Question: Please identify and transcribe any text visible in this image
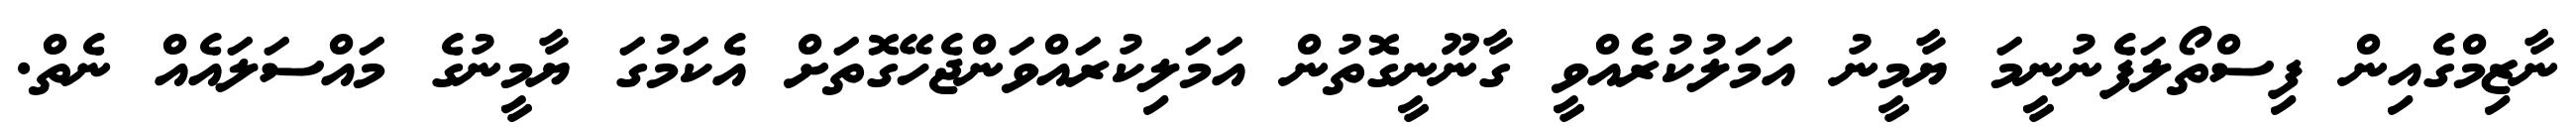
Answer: ނާޒިމްގެއިން ފިސްތޯލަފެނުނީމަ ޔާމީނު އަމަލުކުރެއްވީ ގާނޫނީގޮތުން އަމަލިކުރައްވަންޖެހޭގޮތަށް އެކަމުގަ ޔާމީނުގެ މައްސަލައެއް ނެތް.